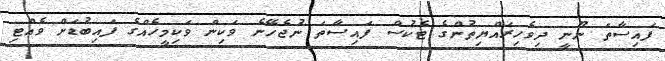
ފައިސާތަ ނޫނީ ދިވެހިރައްޔިތުންގެ ޓެކުސް ފައިސާތަ ނުޖެހޭނެ ވަކިން ވަކިމީހެއްގެ ފައިބުޑަށް ވެއްޓި